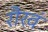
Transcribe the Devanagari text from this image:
रौरवं